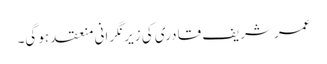
عمر شریف قادری کی زیر نگرانی منعقد ہو گی۔